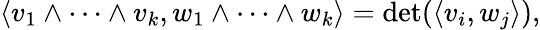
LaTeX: \left\langle v_{1}\wedge\cdots\wedge v_{k},w_{1}\wedge\cdots\wedge w_{k}\right\rangle=\operatorname*{det}(\langle v_{i},w_{j}\rangle),